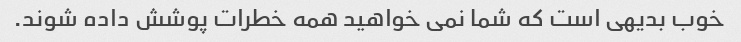
خوب بدیهی است که شما نمی خواهید همه خطرات پوشش داده شوند.